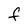
Character: F